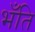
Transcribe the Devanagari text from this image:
भँति